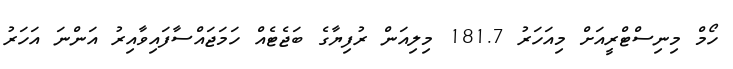
ހޯމް މިނިސްޓްރީއަށް މިއަހަރު 181.7 މިލިއަން ރުފިޔާގެ ބަޖެޓެއް ހަމަޖައްސާފައިވާއިރު އަންނަ އަހަރު